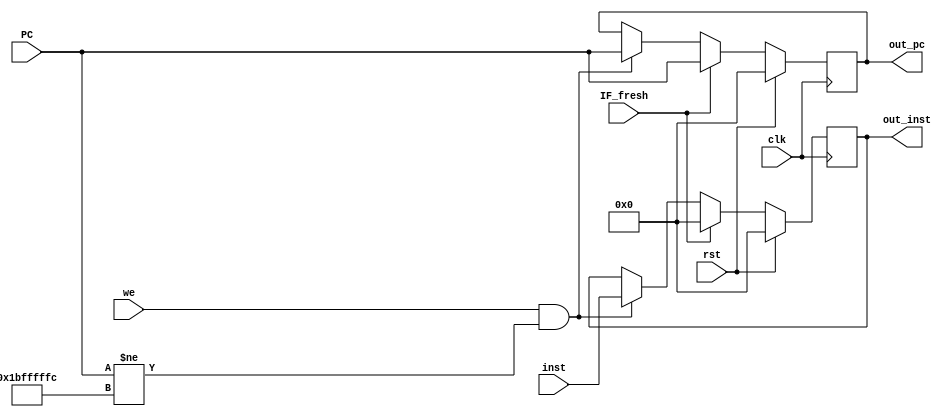
module IF_ID(
    input clk,
    input rst,
    input we,IF_fresh,
    input wire [31:0] PC,
    input wire [31:0] inst,
    
    output reg [31:0] out_pc,
    output reg [31:0] out_inst
);

always @(posedge clk) begin
    if(rst) begin
        out_pc <= 32'b0;
        out_inst <= 32'b0;
    end
    else if(IF_fresh)begin
        out_pc <= PC;
        out_inst <= 32'b0;
    end
    else if(we && PC != 32'h1bfffffc)begin
        out_pc <= PC;
        out_inst <= inst;
    end
end



endmodule